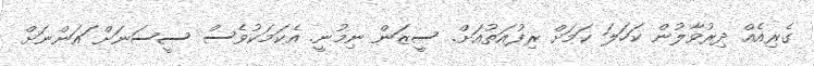
ގެރިއެއް ދިރުވާލުން ކަހަލަ ކަމަށް ރިފުއަތުއަށް. ސީޒަން ނިމުނީ. އެކަމަކުވެސް ސީސަނަށް ައަންނަށް